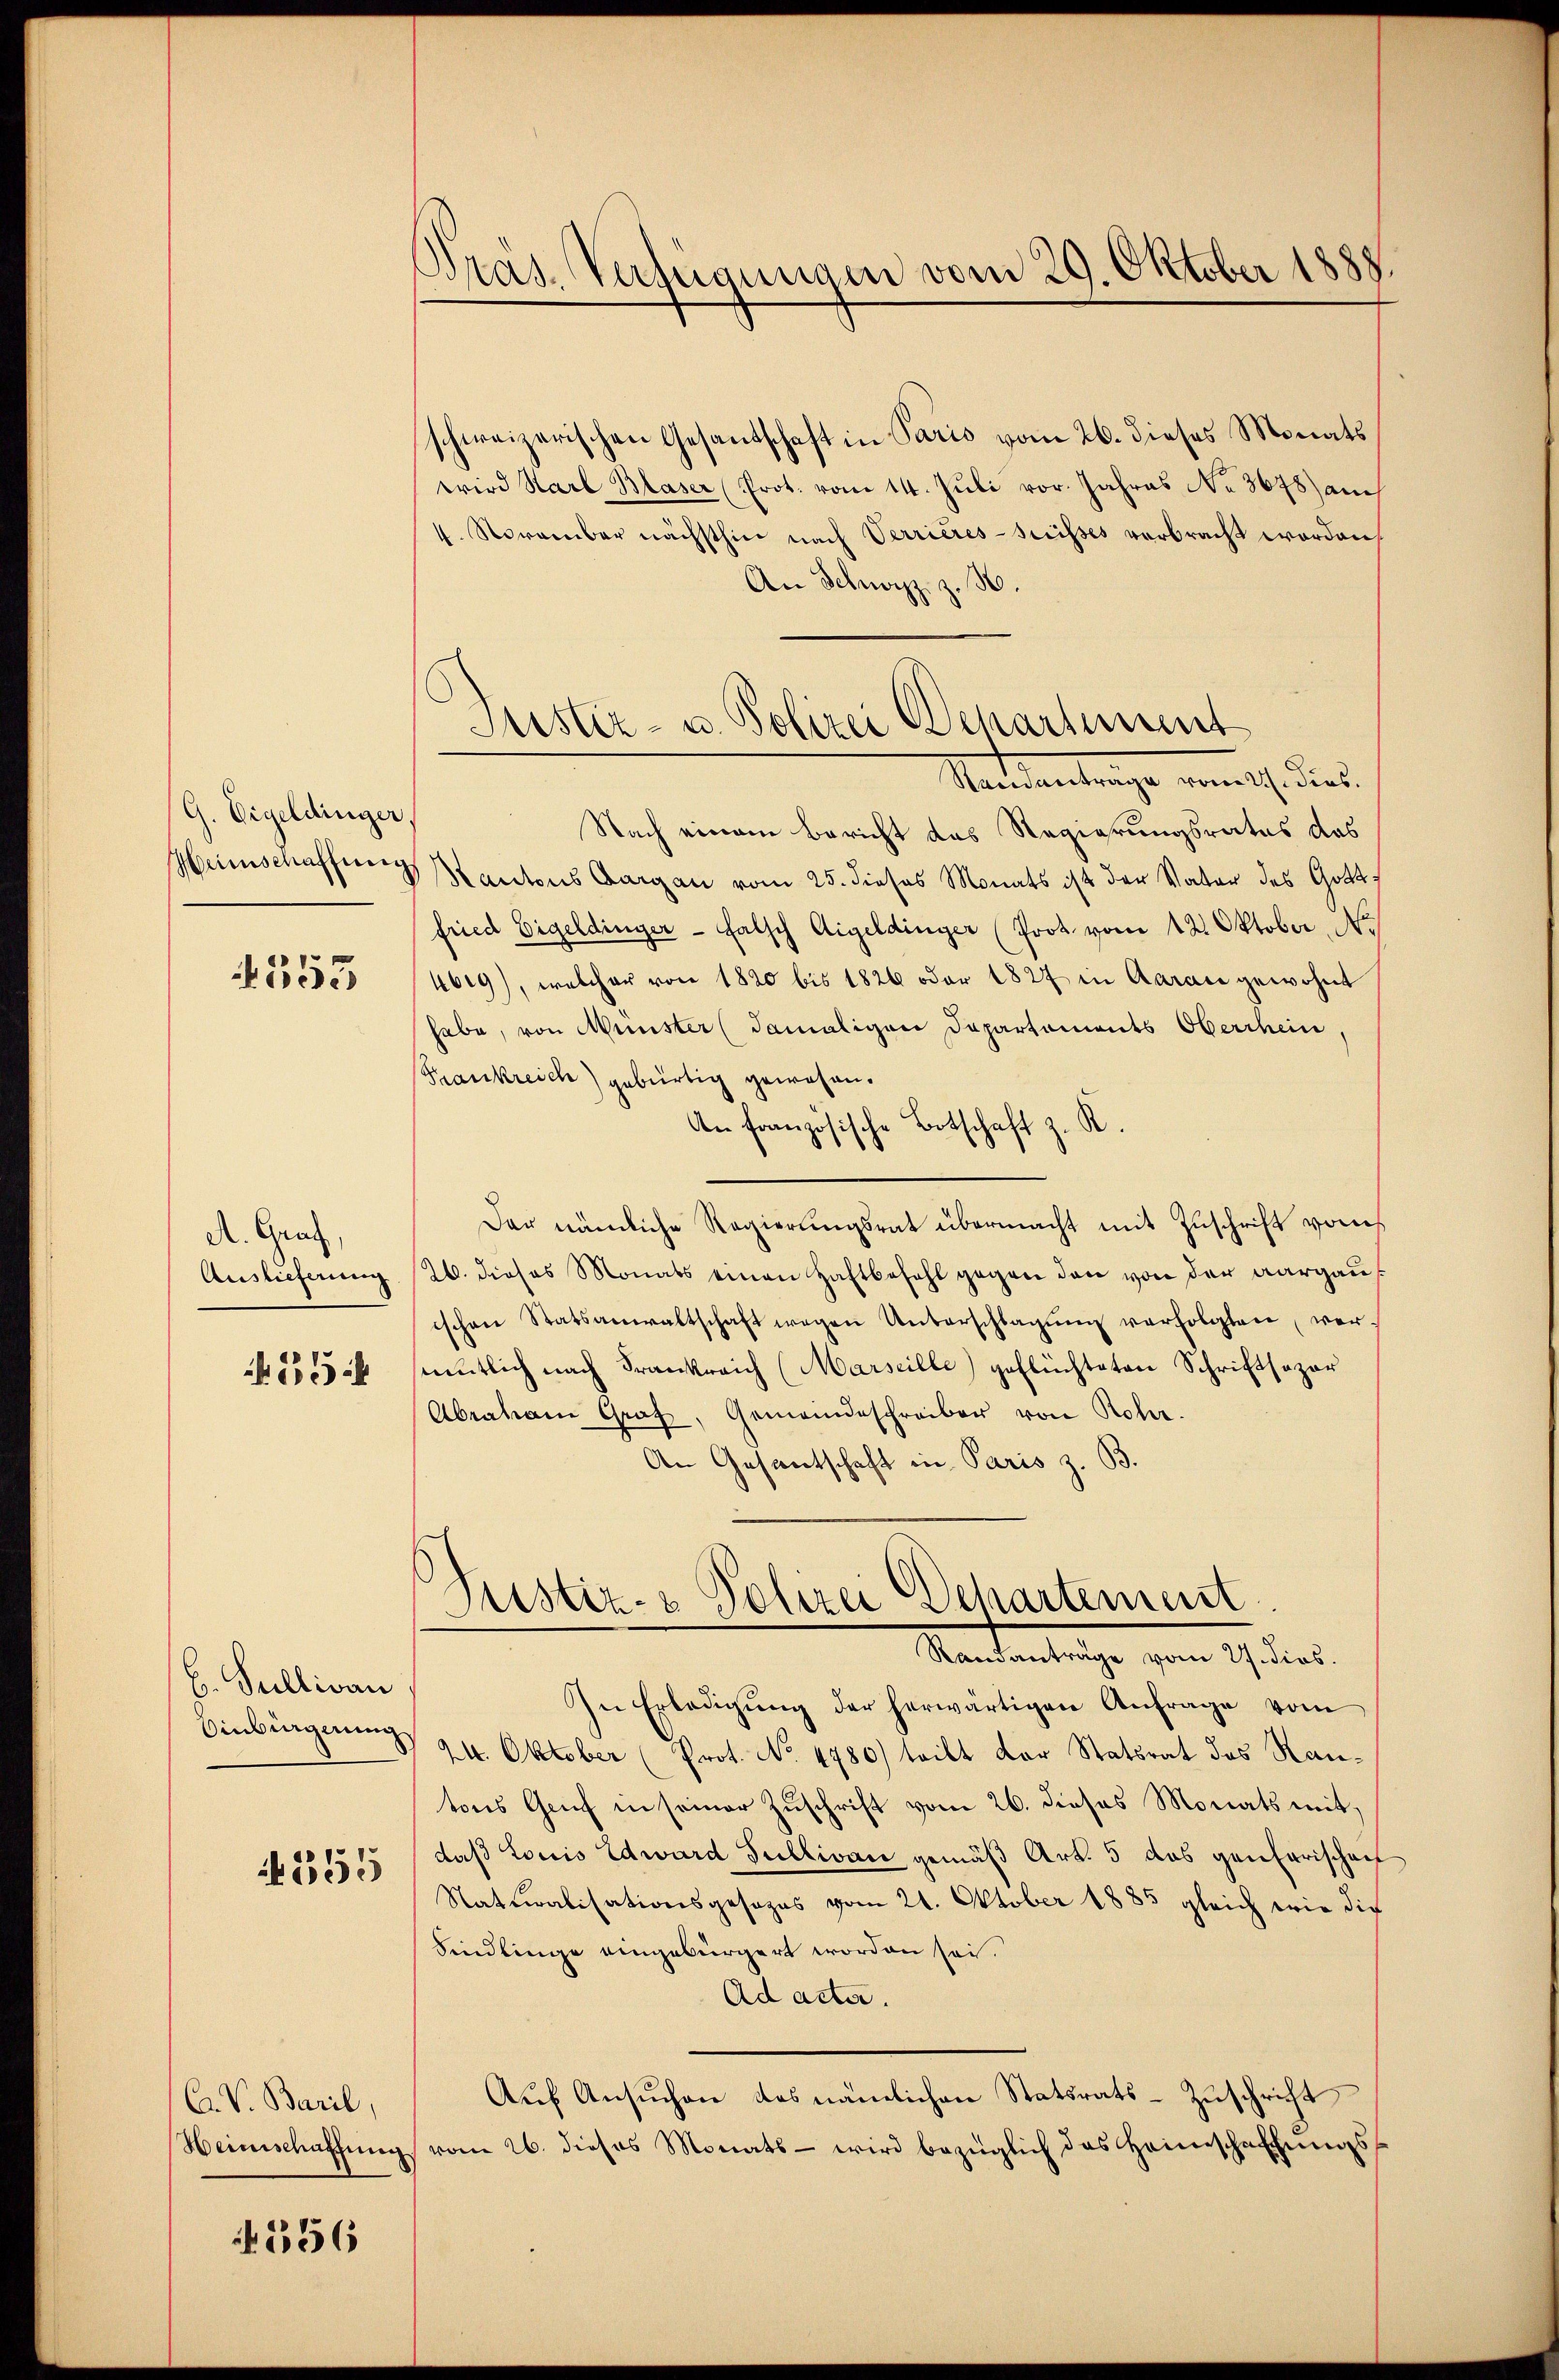
G. Eigeldinger.
Heimschaffung

553

A. Graf,
Auslieferung
25

H. Sullivan
Sinbürgerung

3355

C. V. Baril,
Weinschaffung

556

Bras. Verfügungen vom 29. Oktober 1888.

Justiz- u. Polizei Departement
Samantrage vom 2. dies

schweizerischen Gesantschaft in Paris vom 26. dieses Monats
wird Karl Blaser (Prot. vom 14. Juli vor. Jahres No 3678) am
4. November nächsthin nach Verrieres-Grüsses verbracht worden
An Schwyz z. B.
Nach einem Bericht das Regierungsrates das
Kantons Aargau vom 25. dieses Monats ist der Vater des Gottfried Eigeldinger - falsch Aigeldinger (Prot. vom 12. Oktober No
4619), welcher von 1820 bis 1826 oder 1827 in Aarau gewohnt
habe, von Münster (damaligen Departements Oberrhein
(Frankreich) gebürtig gewesen.
An französische Botschaft z. R.
Der nämliche Regierungsrat übermacht mit Zuschrift vom
26. dieses Monats einen Haftbefehl gegen den von der aargaus
ischen Statsanwaltschaft wegen Unterschlagŭng verfolgten ver-
ntlich nach Frankreich (Marseille) geflüchteten Schriftsazar
Abraham Graf, Gemeindeschreiber von Rohr.
An Gesantschaft in Paris z. B.

Prustiz- & Polizei Departement
Randanträge vom 27. dies.
In Erledigŭng der herwärtigen Anfrage vom

24. Oktober (Prot. No 4780) tritt der Statsrat des Rautons Gruf in seiner Zuschrift vom 26. dieses Monats mit,
daß Louis Edward Sullivan gemäß Art. 5 das genarischaf
Naturalisationsgesezes vom 21. Oktober 1885 gleich wie die
Sindlinge eingebürgert worden sei.
Ad acta.
Aŭf Ansuchen das nämlichen Statsrats-Zuschricht
vom 26. dieses Monats - wird bezüglich das Heimschaffungs¬